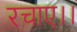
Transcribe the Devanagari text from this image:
रचाए।।